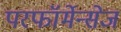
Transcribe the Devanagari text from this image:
परफॉर्मेन्सेज